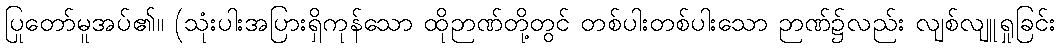
ပြုတော်မူအပ်၏။ (သုံးပါးအပြားရှိကုန်သော ထိုဉာဏ်တို့တွင် တစ်ပါးတစ်ပါးသော ဉာဏ်၌လည်း လျစ်လျူရှုခြင်း